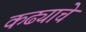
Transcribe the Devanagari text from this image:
कढ्याचे